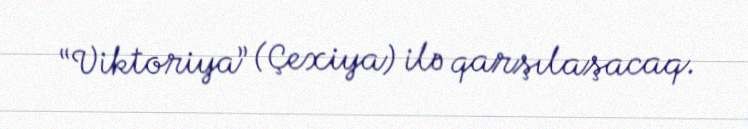
“Viktoriya” (Çexiya) ilə qarşılaşacaq.